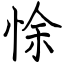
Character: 悇